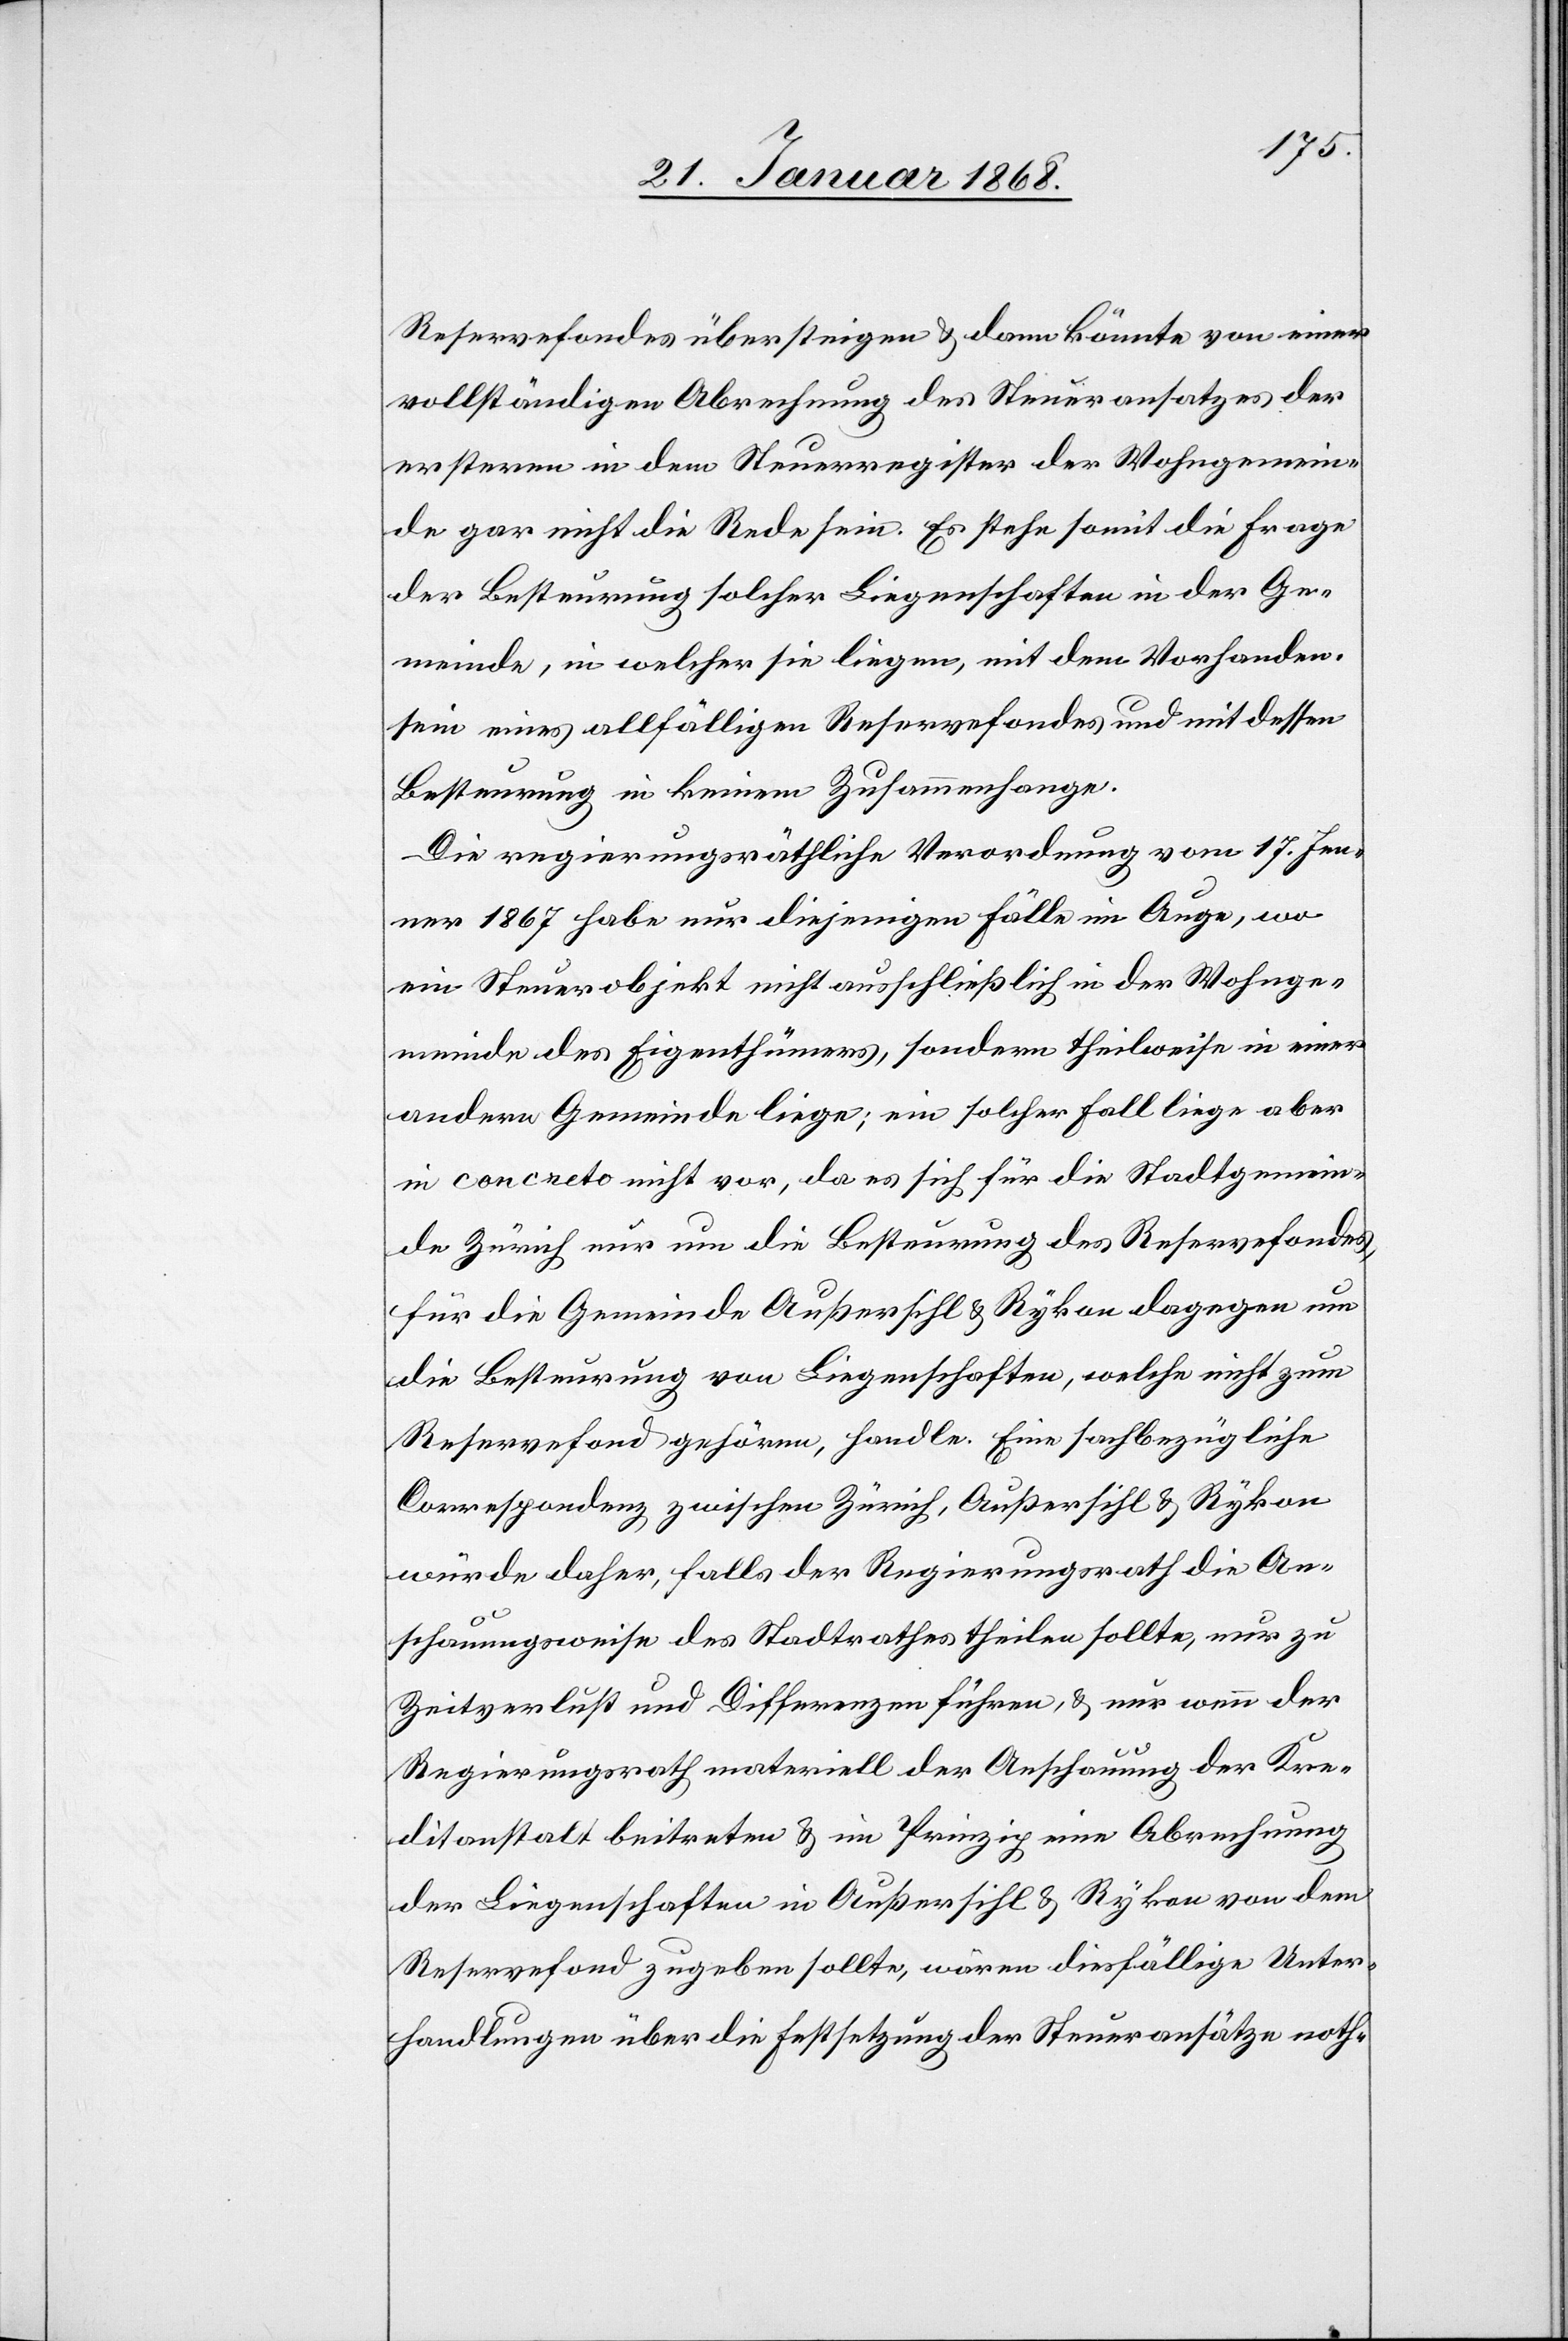
Reservefondes übersteigen & dann könnte von einer
vollständigen Abrechnung des Steueransatzes der
ersteren in dem Steuerregister der Wohngemein¬
de gar nicht die Rede sein. Es stehe somit die Frage
der Besteurung solcher Liegenschaften in der Ge¬
meinde, in welcher sie liegen, mit dem Vorhanden¬
sein eines allfälligen Reservefondes und mit dessen
Besteurung in keinem Zusammenhange.
Die regierungsräthliche Verordnung vom 17. Jen¬
ner 1867 habe nur diejenigen Fälle im Auge, wo
ein Steuerobjekt nicht ausschließlich in der Wohnge¬
meinde des Eigenthümers, sondern theilweise in einer
andern Gemeinde liege; ein solcher Fall liege aber
in concreto nicht vor, da es sich für die Stadtgemein¬
de Zürich nur um die Besteurung des Reservefondes,
für die Gemeinde Außersihl & Rykon dagegen um
die Besteurung von Liegenschaften, welche nicht zum
Reservefond gehören, handle. Eine sachbezügliche
Correspondenz zwischen Zürich, Außersihl & Rykon
würde daher, falls der Regierungsrath die An¬
schauungsweise des Stadtrathes theilen sollte, nur zu
Zeitverlust und Differenzen führen, & nur wenn der
Regierungsrath materiell der Anschauung der Kre¬
ditanstalt beitreten & im Prinzip eine Abrechnung
der Liegenschaften in Außersihl & Rykon von dem
Reservefond zugeben sollte, wären diesfällige Unter¬
handlungen über die Festsetzung der Steueransätze noth-